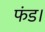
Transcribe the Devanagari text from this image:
फंड।